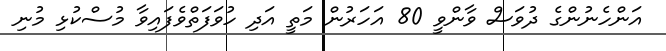
އަންހެނުންގެ ދުވަސް ވާންވީ 80 އަހަރުން މަތީ އަދި ހުވަފަތްވެފައިވާ މުސްކުޅި މުނި